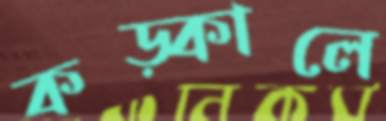
কড়্‌কালে